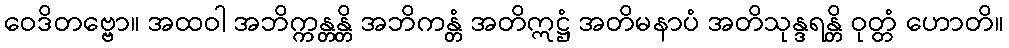
ဝေဒိတဗ္ဗော။ အထဝါ အဘိက္ကန္တန္တိ အဘိကန္တံ အတိဣဋ္ဌံ အတိမနာပံ အတိသုန္ဒရန္တိ ဝုတ္တံ ဟောတိ။